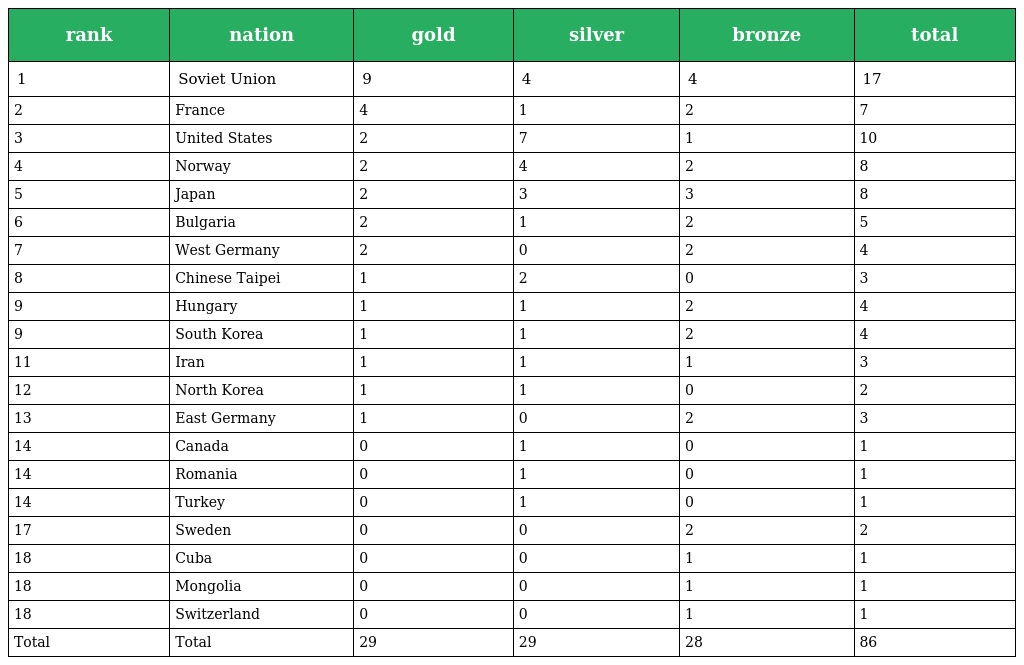
| rank | nation | gold | silver | bronze | total |
 | --- | --- | --- | --- | --- | --- |
 | 1 | Soviet Union | 9 | 4 | 4 | 17 |
 | 2 | France | 4 | 1 | 2 | 7 |
 | 3 | United States | 2 | 7 | 1 | 10 |
 | 4 | Norway | 2 | 4 | 2 | 8 |
 | 5 | Japan | 2 | 3 | 3 | 8 |
 | 6 | Bulgaria | 2 | 1 | 2 | 5 |
 | 7 | West Germany | 2 | 0 | 2 | 4 |
 | 8 | Chinese Taipei | 1 | 2 | 0 | 3 |
 | 9 | Hungary | 1 | 1 | 2 | 4 |
 | 9 | South Korea | 1 | 1 | 2 | 4 |
 | 11 | Iran | 1 | 1 | 1 | 3 |
 | 12 | North Korea | 1 | 1 | 0 | 2 |
 | 13 | East Germany | 1 | 0 | 2 | 3 |
 | 14 | Canada | 0 | 1 | 0 | 1 |
 | 14 | Romania | 0 | 1 | 0 | 1 |
 | 14 | Turkey | 0 | 1 | 0 | 1 |
 | 17 | Sweden | 0 | 0 | 2 | 2 |
 | 18 | Cuba | 0 | 0 | 1 | 1 |
 | 18 | Mongolia | 0 | 0 | 1 | 1 |
 | 18 | Switzerland | 0 | 0 | 1 | 1 |
 | Total | Total | 29 | 29 | 28 | 86 |